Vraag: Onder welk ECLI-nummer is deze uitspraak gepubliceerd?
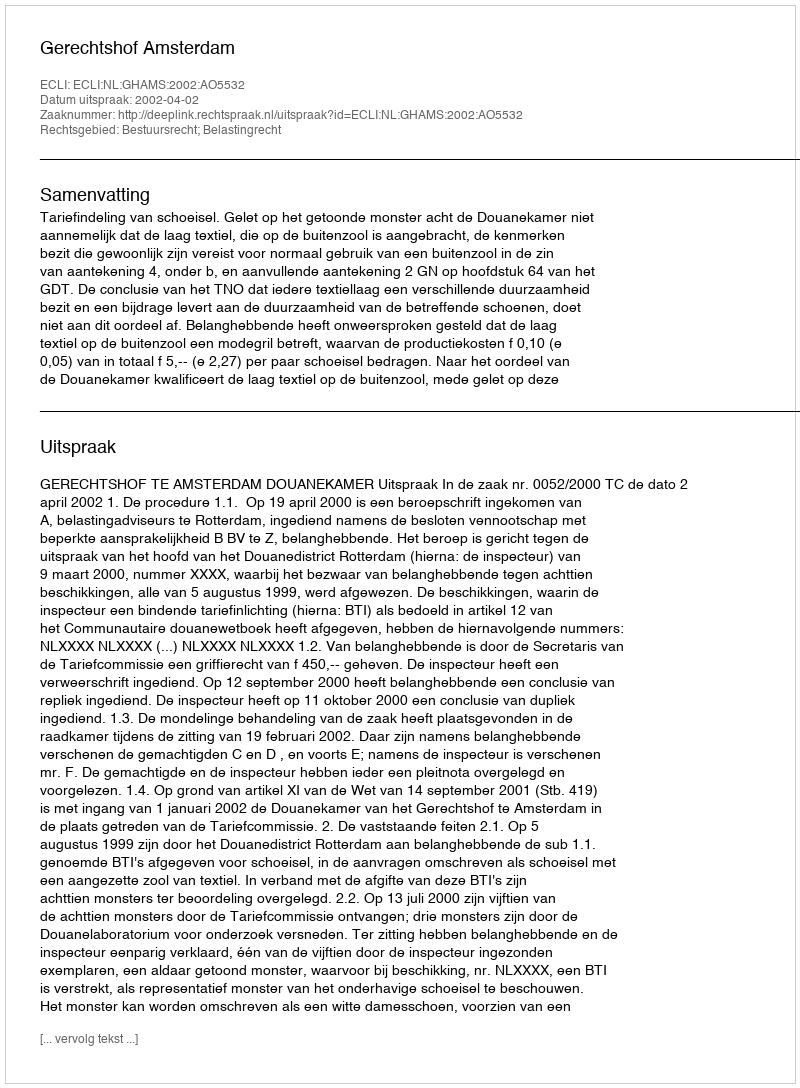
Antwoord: ECLI:NL:GHAMS:2002:AO5532